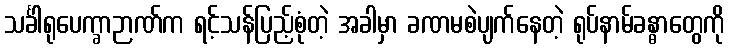
သင်္ခါရုပေက္ခာဉာဏ်က ရင့်သန်ပြည့်စုံတဲ့ အခါမှာ ခဏမစဲပျက်နေတဲ့ ရုပ်နာမ်ခန္ဓာတွေကို